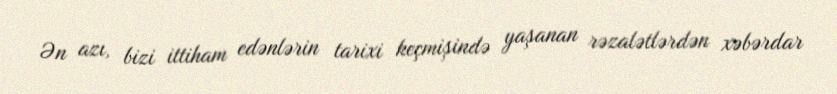
Ən azı, bizi ittiham edənlərin tarixi keçmişində yaşanan rəzalətlərdən xəbərdar